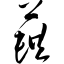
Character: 蕻